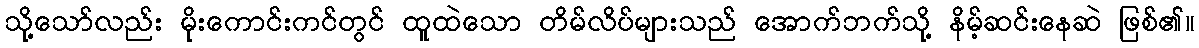
သို့သော်လည်း မိုးကောင်းကင်တွင် ထူထဲသော တိမ်လိပ်များသည် အောက်ဘက်သို့ နိမ့်ဆင်းနေဆဲ ဖြစ်၏။